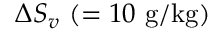
\Delta S _ { v } ~ ( = 1 0 \mathrm { \ g / k g ) }